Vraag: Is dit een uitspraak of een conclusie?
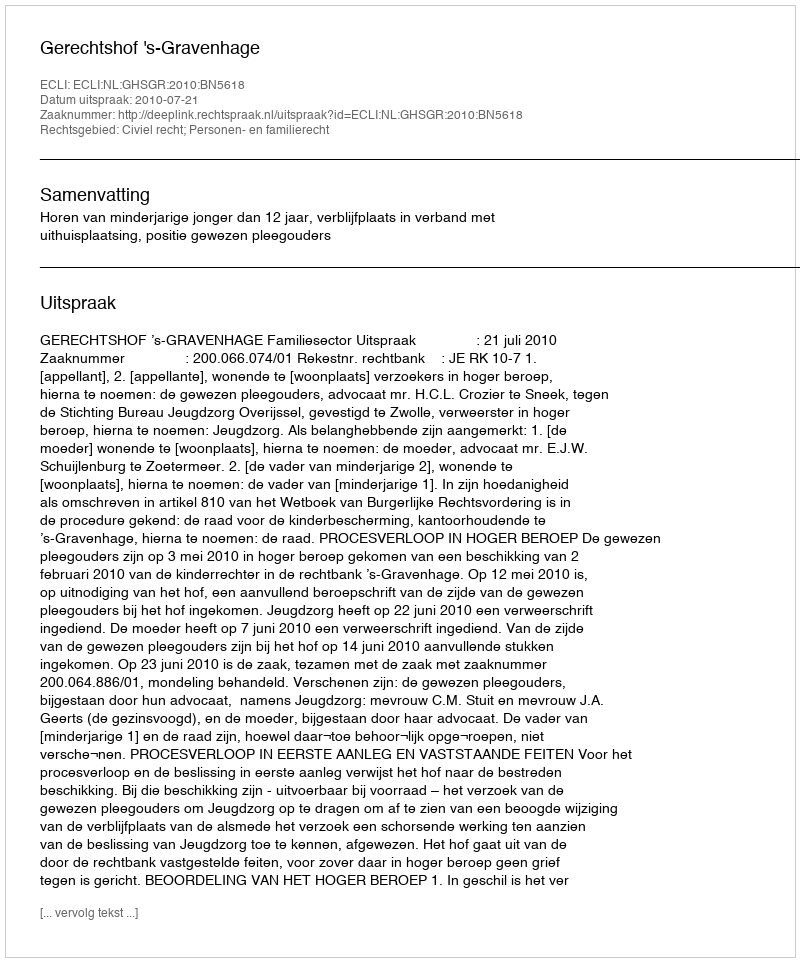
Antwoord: Uitspraak